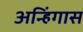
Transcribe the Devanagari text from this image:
अन्हिंगास